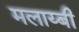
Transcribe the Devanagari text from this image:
मलाय्बी